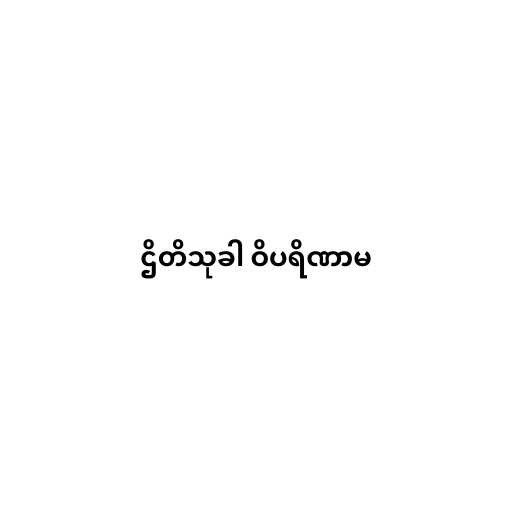
ဌိတိသုခါ ဝိပရိဏာမ